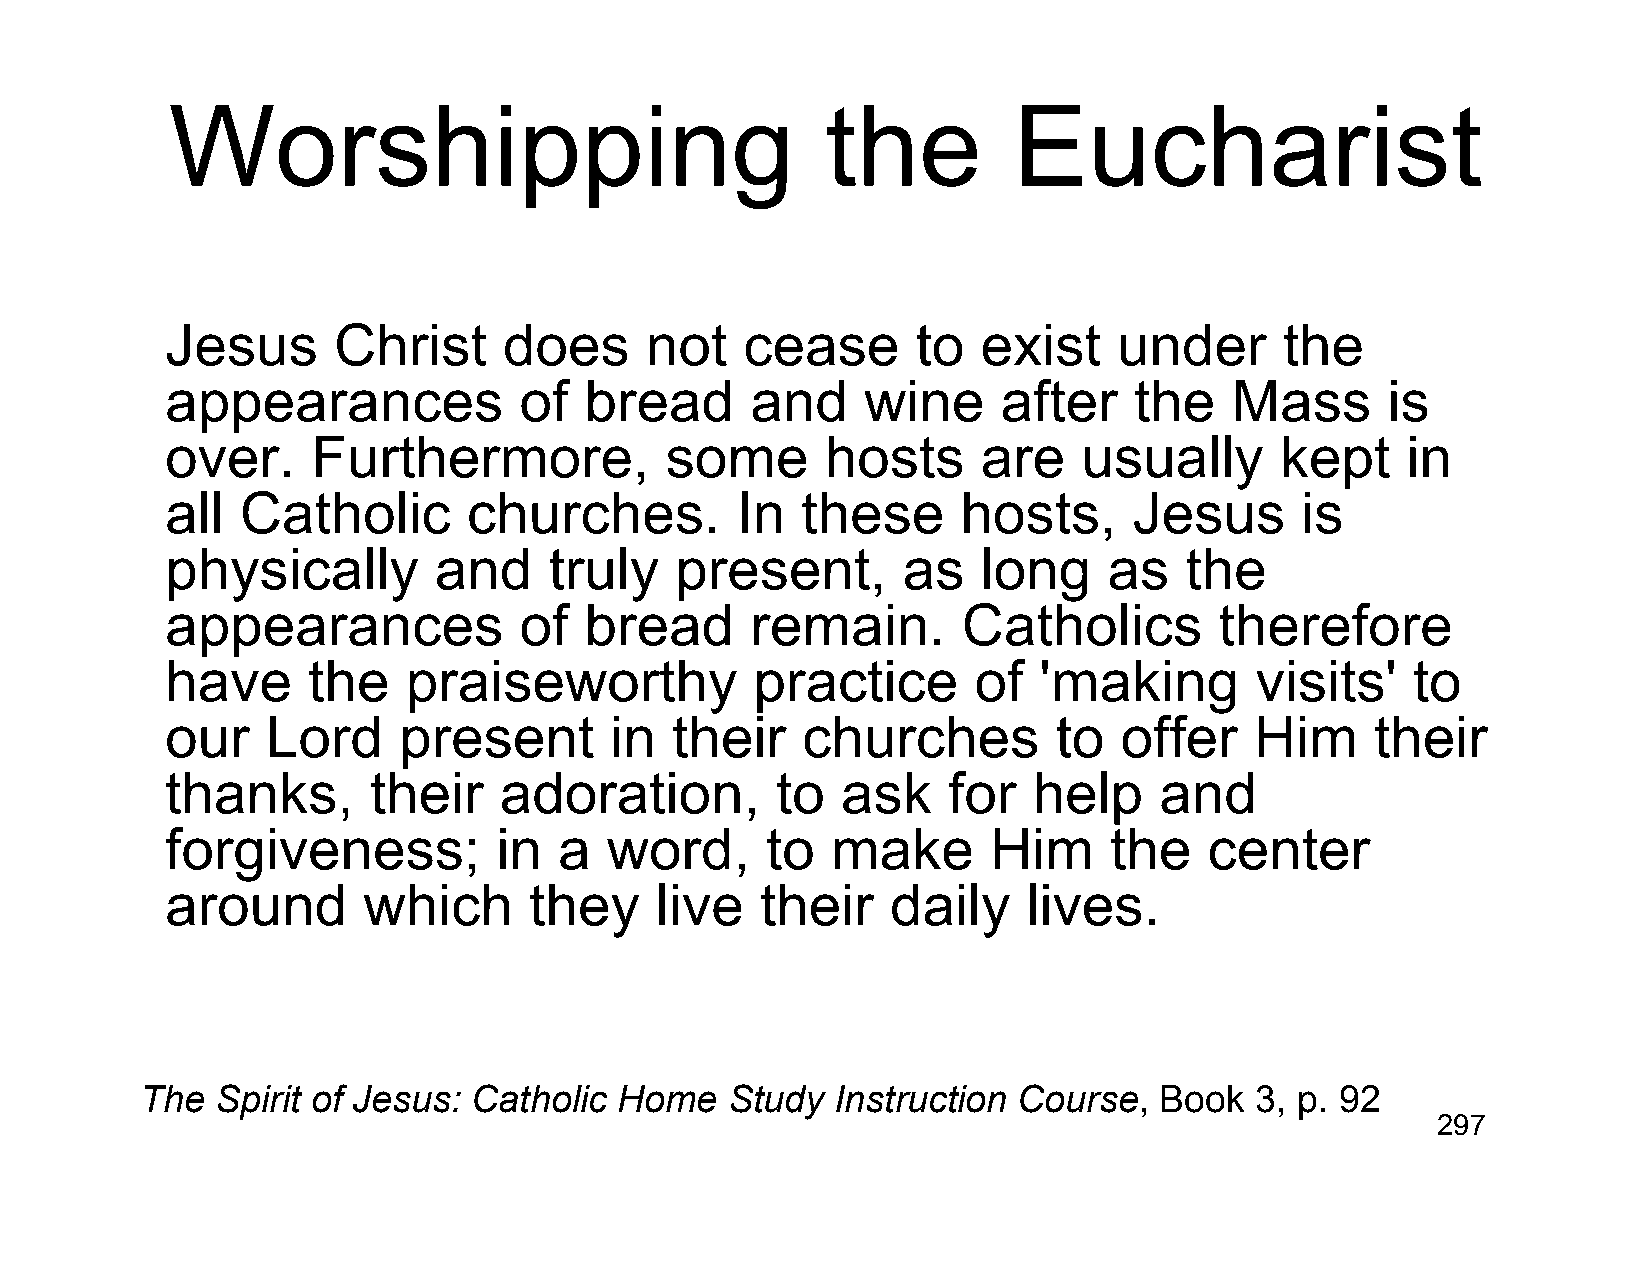
Worshipping                                 the         Eucharist
 Jesus      Christ     does      not   cease       to  exist    under      the
 appearances            of   bread      and    wine     after    the   Mass       is
 over.     Furthermore,           some       hosts     are    usually      kept    in
 all  Catholic       churches.         In  these      hosts,     Jesus      is
 physically        and    truly    present,       as   long    as   the
 appearances            of   bread      remain.       Catholics        therefore
 have     the    praiseworthy           practice      of   'making       visits'   to
 our    Lord    present       in  their    churches         to  offer    Him     their
 thanks,      their    adoration,        to   ask    for  help     and
 forgiveness;          in  a  word,      to  make       Him    the    center
 around       which      they    live   their    daily    lives.
 The  Spirit of Jesus: Catholic  Home   Study  Instruction Course,   Book  3, p. 92
 297